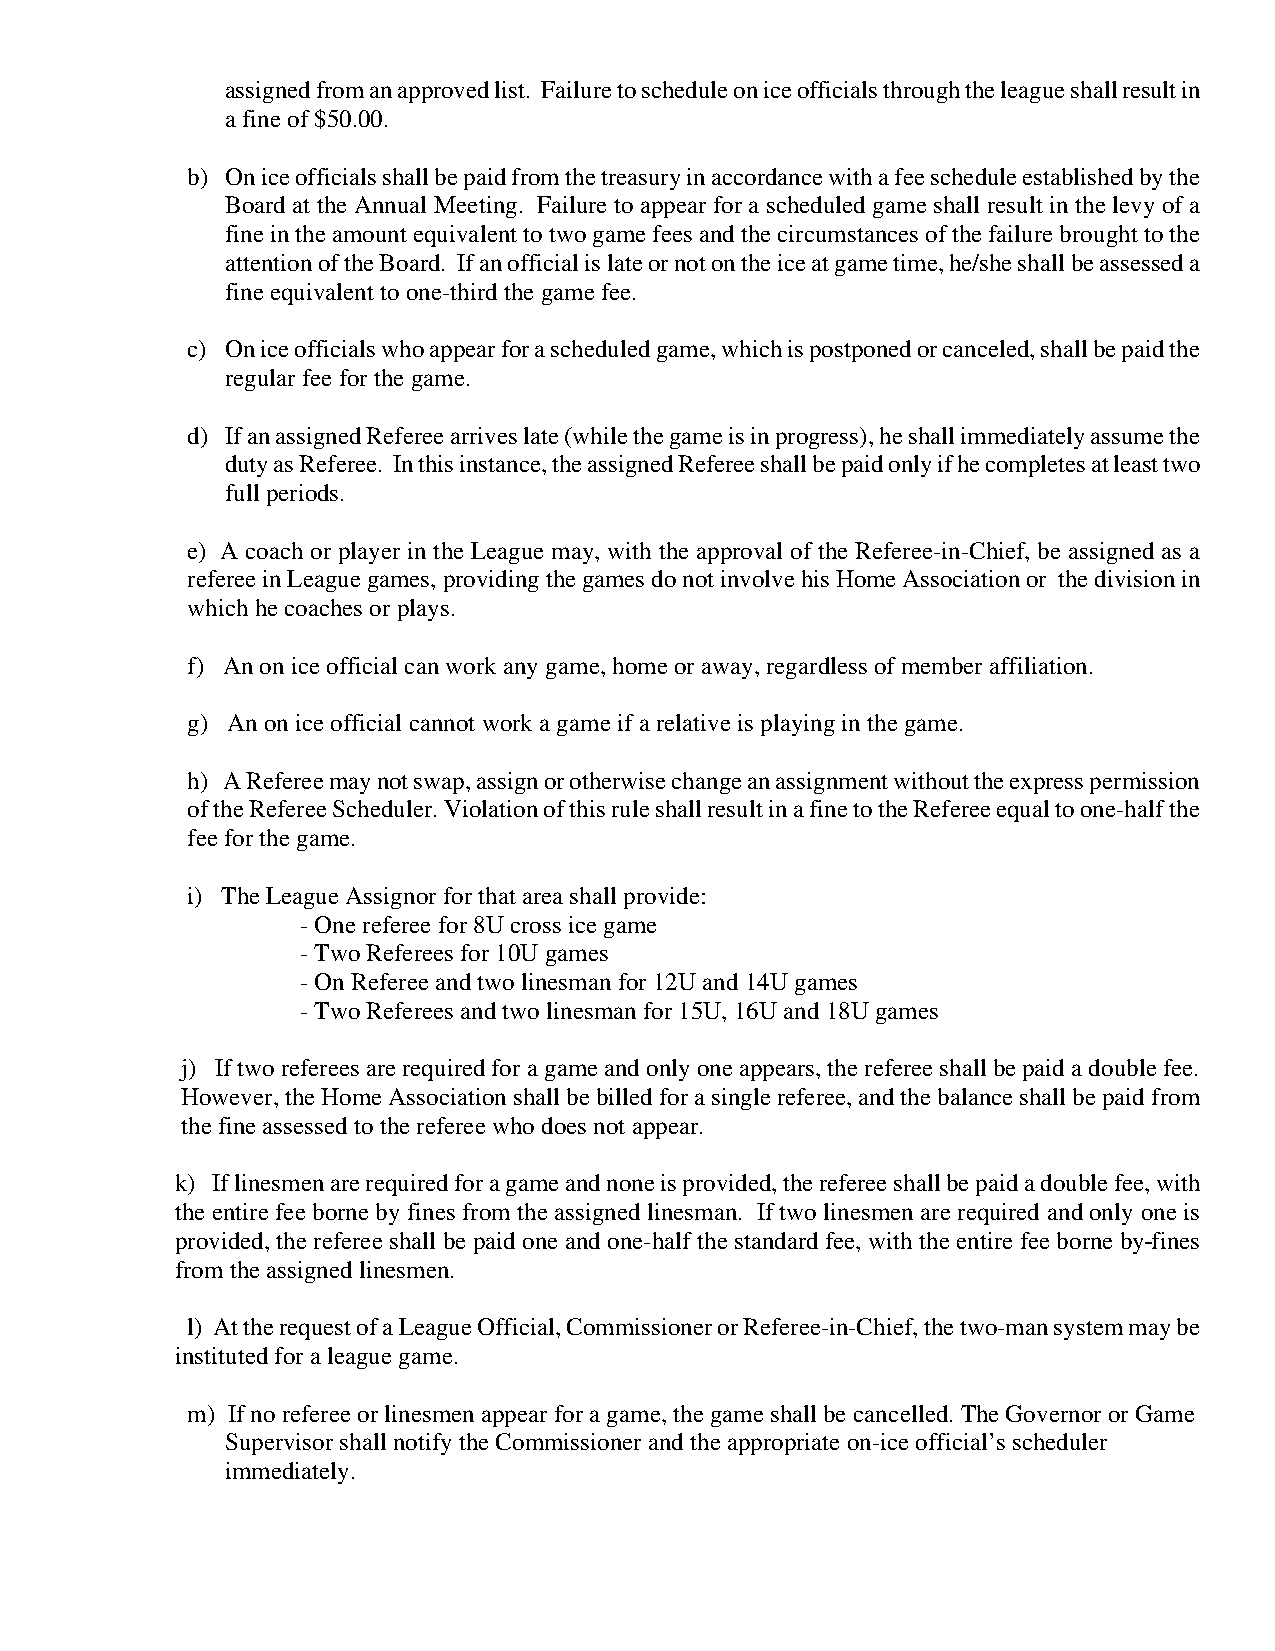
assigned from an approved list. Failure to schedule on ice officials through the league shall result in
 a fine of $50.00.
 b) On ice officials shall be paid from the treasury in accordance with a fee schedule established by the
 Board at the Annual Meeting. Failure to appear for a scheduled game shall result in the levy of a
 fine in the amount equivalent to two game fees and the circumstances of the failure brought to the
 attention of the Board. If an official is late or not on the ice at game time, he/she shall be assessed a
 fine equivalent to one-third the game fee.
 c) On ice officials who appear for a scheduled game, which is postponed or canceled, shall be paid the
 regular fee for the game.
 d) If an assigned Referee arrives late (while the game is in progress), he shall immediately assume the
 duty as Referee. In this instance, the assigned Referee shall be paid only if he completes at least two
 full periods.
 e) A coach or player in the League may, with the approval of the Referee-in-Chief, be assigned as a
 referee in League games, providing the games do not involve his Home Association or the division in
 which he coaches or plays.
 f) An on ice official can work any game, home or away, regardless of member affiliation.
 g) An on ice official cannot work a game if a relative is playing in the game.
 h) A Referee may not swap, assign or otherwise change an assignment without the express permission
 of the Referee Scheduler. Violation of this rule shall result in a fine to the Referee equal to one-half the
 fee for the game.
 i) The League Assignor for that area shall provide:
 - One referee for 8U cross ice game
 - Two Referees for 10U games
 - On Referee and two linesman for 12U and 14U games
 - Two Referees and two linesman for 15U, 16U and 18U games
 j) If two referees are required for a game and only one appears, the referee shall be paid a double fee.
 However, the Home Association shall be billed for a single referee, and the balance shall be paid from
 the fine assessed to the referee who does not appear.
 k) If linesmen are required for a game and none is provided, the referee shall be paid a double fee, with
 the entire fee borne by fines from the assigned linesman. If two linesmen are required and only one is
 provided, the referee shall be paid one and one-half the standard fee, with the entire fee borne by fines
 from the assigned linesmen.
 l) At the request of a League Official, Commissioner or Referee-in-Chief, the two-man system may be
 instituted for a league game.
 m) If no referee or linesmen appear for a game, the game shall be cancelled. The Governor or Game
 Supervisor shall notify the Commissioner and the appropriate on-ice official’s scheduler
 immediately.